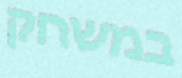
במשחק